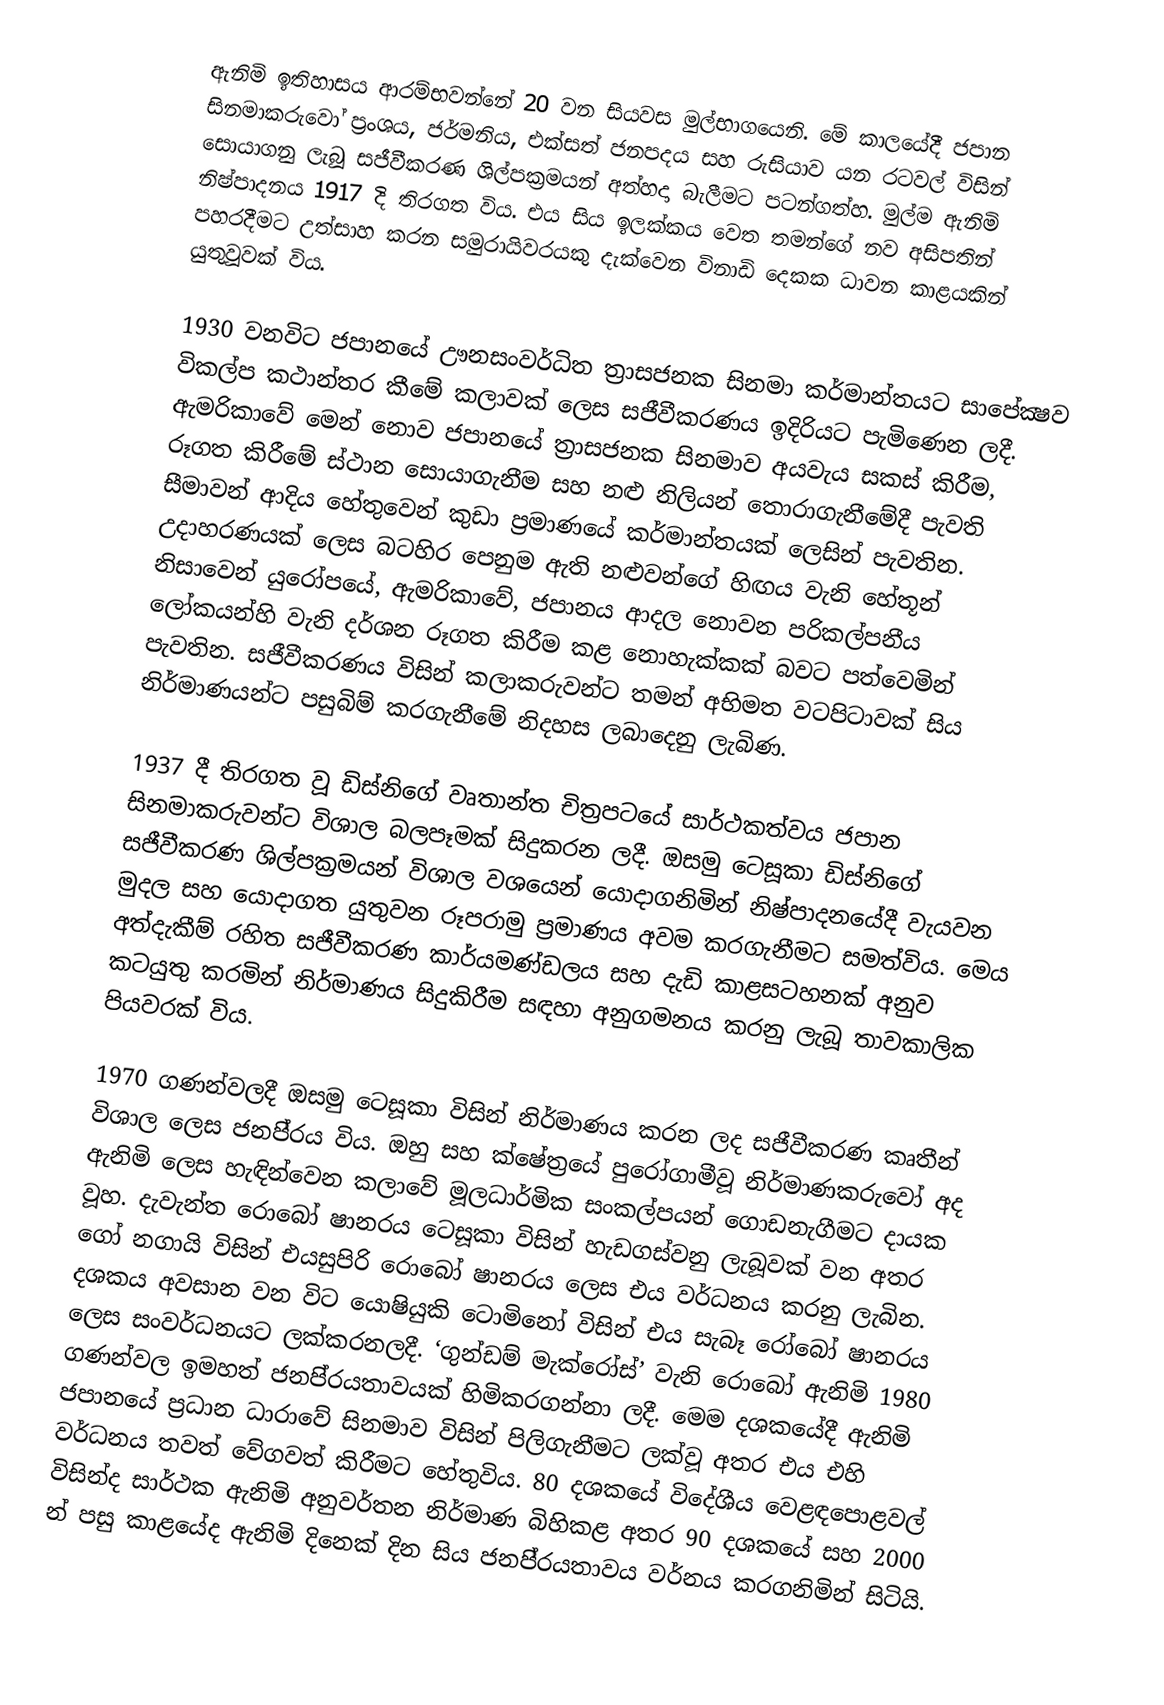
ඇනිමි ඉතිහාසය ආරම්භවන්නේ 20 වන සියවස මුල්භාගයෙනි. මේ කාලයේදී ජපාන සිනමාකරුවෝ ප‍්‍රංශය, ජර්මනිය, එක්සත් ජනපදය සහ රුසියාව යන රටවල් විසින් සොයාගනු ලැබූ සජීවීකරණ ශිල්පක‍්‍රමයන් අත්හදා බැලීමට පටන්ගත්හ. මුල්ම ඇනිමි නිෂ්පාදනය 1917 දි තිරගත විය. එය සිය ඉලක්කය වෙත තමන්ගේ නව අසිපතින් පහරදීමට උත්සාහ කරන සමුරායිවරයකු දැක්වෙන විනාඩි දෙකක ධාවන කාළයකින් යුතුවූවක් විය.

1930 වනවිට ජපානයේ ඌනසංවර්ධිත ත‍්‍රාසජනක සිනමා කර්මාන්තයට සාපේක්‍ෂව විකල්ප කථාන්තර කීමේ කලාවක් ලෙස සජීවීකරණය ඉදිරියට පැමිණෙන ලදී. ඇමරිකාවේ මෙන් නොව ජපානයේ ත‍්‍රාසජනක සිනමාව අයවැය සකස් කිරීම, රූගත කිරීමේ ස්ථාන සොයාගැනීම සහ නළු නිලියන් තොරාගැනීමේදී පැවති සීමාවන් ආදිය හේතුවෙන් කුඩා ප‍්‍රමාණයේ කර්මාන්තයක් ලෙසින් පැවතින. උදාහරණයක් ලෙස බටහිර පෙනුම ඇති නළුවන්ගේ හිඟය වැනි හේතූන් නිසාවෙන් යුරෝපයේ, ඇමරිකාවේ, ජපානය ආදල නොවන පරිකල්පනීය ලෝකයන්හි වැනි දර්ශන රූගත කිරීම කළ නොහැක්කක් බවට පත්වෙමින් පැවතින. සජීවීකරණය විසින් කලාකරුවන්ට තමන් අභිමත වටපිටාවක් සිය නිර්මාණයන්ට පසුබිම් කරගැනීමේ නිදහස ලබාදෙනු ලැබිණ.

1937 දී තිරගත වූ ඩිස්නිගේ වෘතාන්ත චිත‍්‍රපටයේ සාර්ථකත්වය ජපාන සිනමාකරුවන්ට විශාල බලපෑමක් සිදුකරන ලදී. ඔසමු ටෙසූකා ඩිස්නිගේ සජීවීකරණ ශිල්පක‍්‍රමයන් විශාල වශයෙන් යොදාගනිමින් නිෂ්පාදනයේදී වැයවන මුදල සහ යොදාගත යුතුවන රූපරාමු ප‍්‍රමාණය අවම කරගැනීමට සමත්විය. මෙය අත්දැකීම් රහිත සජීවීකරණ කාර්යමණ්ඩලය සහ දැඩි කාළසටහනක් අනුව කටයුතු කරමින් නිර්මාණය සිදුකිරීම සඳහා අනුගමනය කරනු ලැබූ තාවකාලික පියවරක් විය.

1970 ගණන්වලදී ඔසමු ටෙසූකා විසින් නිර්මාණය කරන ලද සජීවීකරණ කෘතීන් විශාල ලෙස ජනපි‍්‍රය විය. ඔහු සහ ක්ෂේත‍්‍රයේ පුරෝගාමීවූ නිර්මාණකරුවෝ අද ඇනිමි ලෙස හැඳින්වෙන කලාවේ මූලධාර්මික සංකල්පයන් ගොඩනැගීමට දායක වූහ. දැවැන්ත රොබෝ ෂානරය ටෙසූකා විසින් හැඩගස්වනු ලැබූවක් වන අතර ගෝ නගායි විසින් එයසුපිරි රොබෝ ෂානරය ලෙස එය වර්ධනය කරනු ලැබින. දශකය අවසාන වන විට යොෂියුකි ටොමිනෝ විසින් එය සැබෑ රෝබෝ ෂානරය ලෙස සංවර්ධනයට ලක්කරනලදී. ‘ගුන්ඩම් මැක්රෝස්’ වැනි රොබෝ ඇනිමි 1980 ගණන්වල ඉමහත් ජනපි‍්‍රයතාවයක් හිමිකරගන්නා ලදී. මෙම දශකයේදී ඇනිමි ජපානයේ ප‍්‍රධාන ධාරාවේ සිනමාව විසින් පිලිගැනීමට ලක්වූ අතර එය එහි වර්ධනය තවත් වේගවත් කිරීමට හේතුවිය. 80 දශකයේ විදේශීය වෙළඳපොළවල් විසින්ද සාර්ථක ඇනිමි අනුවර්තන නිර්මාණ බිහිකළ අතර 90 දශකයේ සහ 2000 න් පසු කාළයේද ඇනිමි දිනෙක් දින සිය ජනපි‍්‍රයතාවය වර්නය කරගනිමින් සිටියි.